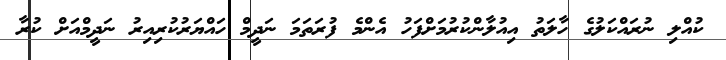
ކުއްލި ނުރައްކަލުގެ ހާލަތު އިއުލާންކުރުމަށްފަހު އެންމެ ފުރަތަމަ ނަދީމް ހައްޔަރުކުރިއިރު ނަދީމްއަށް ކުރާ